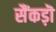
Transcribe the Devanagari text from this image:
सैंकड़ॊ